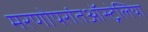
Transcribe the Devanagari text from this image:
मरणोपरांतऑस्ट्रेलिया